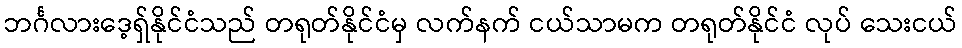
ဘင်္ဂလားဒေ့ရှ်နိုင်ငံသည် တရုတ်နိုင်ငံမှ လက်နက် ငယ်သာမက တရုတ်နိုင်ငံ လုပ် သေးငယ်